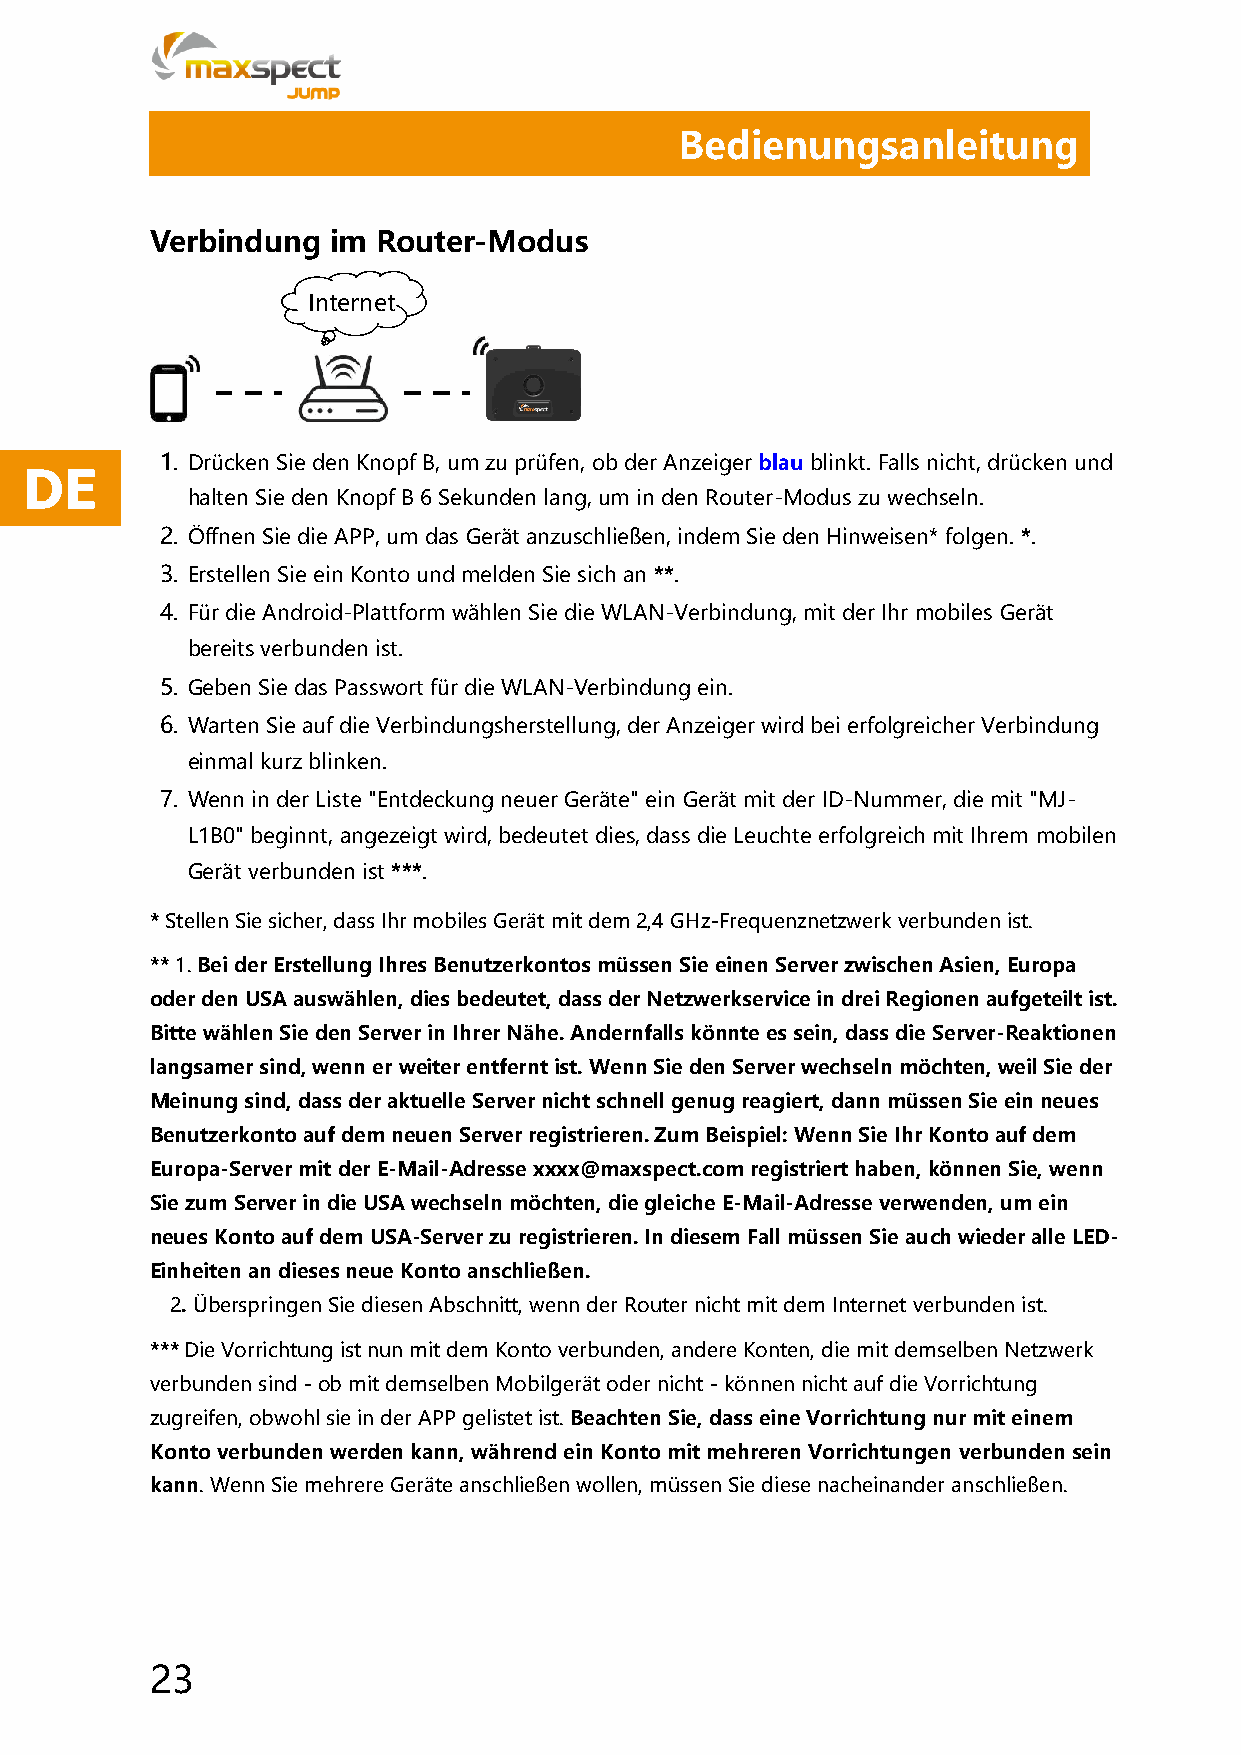
Bedienungsanleitung
 Verbindung  im Router-Modus
 Internet
 1. Drücken Sie den Knopf B, um zu prüfen, ob der Anzeiger blau blinkt. Falls nicht, drücken und
 DE
 halten Sie den Knopf B 6 Sekunden lang, um in den Router-Modus zu wechseln.
 2. Öffnen Sie die APP, um das Gerät anzuschließen, indem Sie den Hinweisen* folgen. *.
 3. Erstellen Sie ein Konto und melden Sie sich an **.
 4. Für die Android-Plattform wählen Sie die WLAN-Verbindung, mit der Ihr mobiles Gerät
 bereits verbunden ist.
 5. Geben Sie das Passwort für die WLAN-Verbindung ein.
 6. Warten Sie auf die Verbindungsherstellung, der Anzeiger wird bei erfolgreicher Verbindung
 einmal kurz blinken.
 7. Wenn in der Liste "Entdeckung neuer Geräte" ein Gerät mit der ID-Nummer, die mit "MJ-
 L1B0" beginnt, angezeigt wird, bedeutet dies, dass die Leuchte erfolgreich mit Ihrem mobilen
 Gerät verbunden ist ***.
 * Stellen Sie sicher, dass Ihr mobiles Gerät mit dem 2,4 GHz-Frequenznetzwerk verbunden ist.
 ** 1. Bei der Erstellung Ihres Benutzerkontos müssen Sie einen Server zwischen Asien, Europa
 oder den USA auswählen, dies bedeutet, dass der Netzwerkservice in drei Regionen aufgeteilt ist.
 Bitte wählen Sie den Server in Ihrer Nähe. Andernfalls könnte es sein, dass die Server-Reaktionen
 langsamer sind, wenn er weiter entfernt ist. Wenn Sie den Server wechseln möchten, weil Sie der
 Meinung sind, dass der aktuelle Server nicht schnell genug reagiert, dann müssen Sie ein neues
 Benutzerkonto auf dem neuen Server registrieren. Zum Beispiel: Wenn Sie Ihr Konto auf dem
 Europa-Server mit der E-Mail-Adresse xxxx@maxspect.com registriert haben, können Sie, wenn
 Sie zum Server in die USA wechseln möchten, die gleiche E-Mail-Adresse verwenden, um ein
 neues Konto auf dem USA-Server zu registrieren. In diesem Fall müssen Sie auch wieder alle LED-
 Einheiten an dieses neue Konto anschließen.
 2. Überspringen Sie diesen Abschnitt, wenn der Router nicht mit dem Internet verbunden ist.
 *** Die Vorrichtung ist nun mit dem Konto verbunden, andere Konten, die mit demselben Netzwerk
 verbunden sind - ob mit demselben Mobilgerät oder nicht - können nicht auf die Vorrichtung
 zugreifen, obwohl sie in der APP gelistet ist. Beachten Sie, dass eine Vorrichtung nur mit einem
 Konto verbunden werden kann, während ein Konto mit mehreren Vorrichtungen verbunden sein
 kann. Wenn Sie mehrere Geräte anschließen wollen, müssen Sie diese nacheinander anschließen.
 23